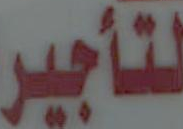
لتأجير